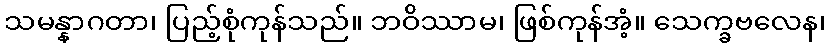
သမန္နာဂတာ၊ ပြည့်စုံကုန်သည်။ ဘဝိဿာမ၊ ဖြစ်ကုန်အံ့။ သေက္ခဗလေန၊